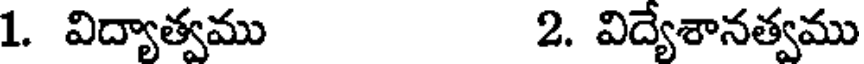
1. విద్యాత్వము 2. విద్యేశానత్వము